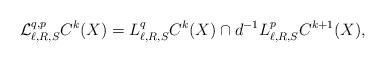
LaTeX: \begin{align*}\mathcal{L}^{q,p}_{\ell,R,S}C^{k}(X)=L^{q}_{\ell,R,S}C^{k}(X)\cap d^{-1}L^p_{\ell,R,S}C^{k+1}(X),\end{align*}